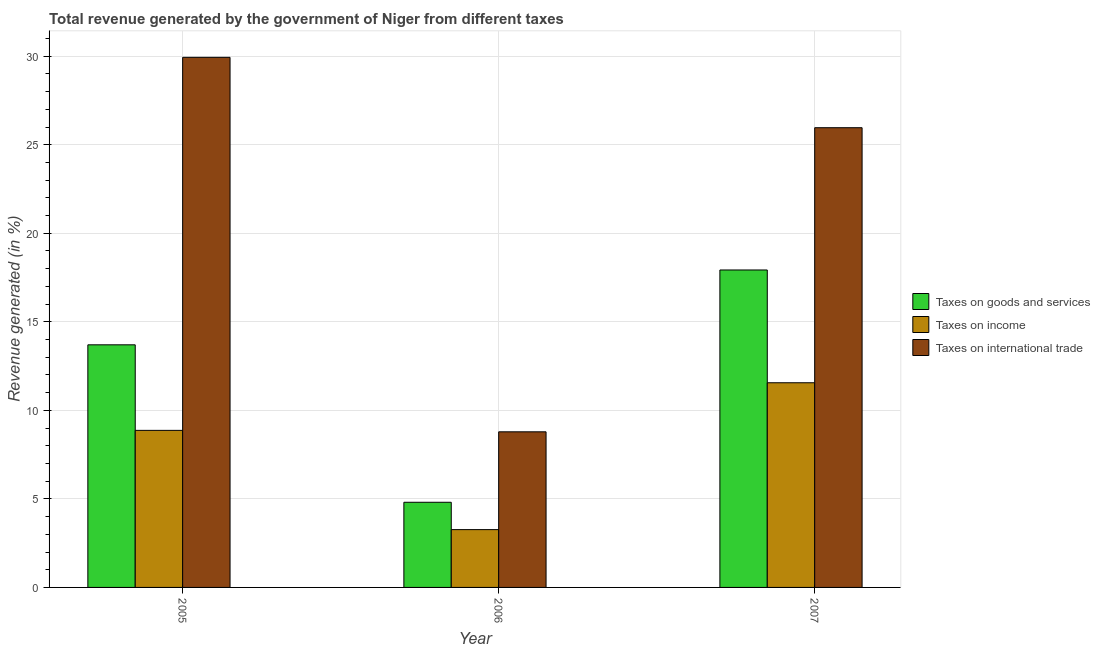
| Year | Taxes on goods and services | Taxes on income | Taxes on international trade |
 | --- | --- | --- | --- |
 | 2005 | 13.7 | 8.87 | 29.9 |
 | 2006 | 4.81 | 3.26 | 8.79 |
 | 2007 | 17.9 | 11.6 | 26 |